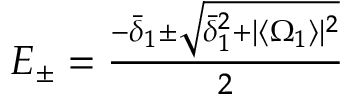
\begin{array} { r } { E _ { \pm } = \frac { - \bar { \delta } _ { 1 } \pm \sqrt { \bar { \delta } _ { 1 } ^ { 2 } + \vert \langle \Omega _ { 1 } \rangle \vert ^ { 2 } } } { 2 } } \end{array}